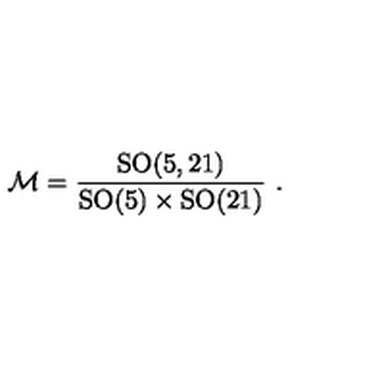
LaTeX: { \cal M } = \frac { \mathrm { S O } ( 5 , 2 1 ) } { \mathrm { S O } ( 5 ) \times \mathrm { S O } ( 2 1 ) } \ .